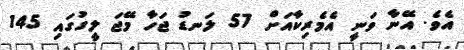
އެވެ. އޭނާ ވަނީ އެމެރިކާއަށް 57 ލަނޑު ޖަހާ މޭޖަ ލީގުގައި 145